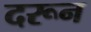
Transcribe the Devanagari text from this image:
दरून